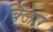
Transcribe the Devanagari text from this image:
बिज़ार